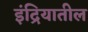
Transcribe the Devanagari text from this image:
इंद्रियातील